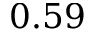
0 . 5 9